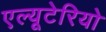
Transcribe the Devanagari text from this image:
एल्यूटेरियो